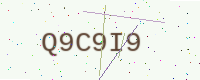
Text: Q9C9I9